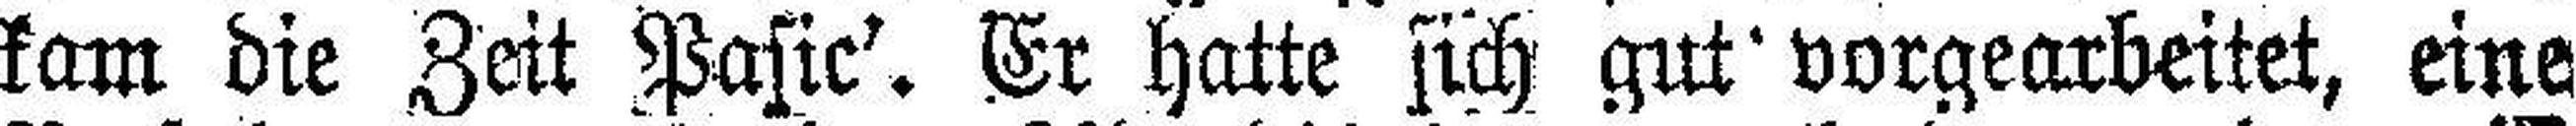
kam die Zeit Pasic’. Er hatte sich gut vorgearbeitet, eine